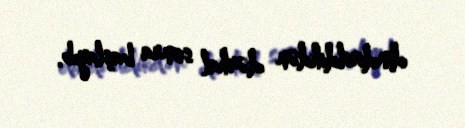
dindirildikdən dərhal sonra başlayıb.